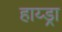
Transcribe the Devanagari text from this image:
हाय्ड्रा